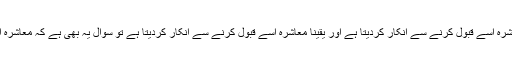
وہ معاشرے کو چھوڑتا ہے کہ معاشرہ اسے قبول کرنے سے انکار کردیتا ہے اور یقیناً معاشرہ اسے قبول کرنے سے انکار کردیتا ہے تو سوال یہ بھی ہے کہ معاشرہ اس کے ساتھ ایسا کیونکر کرتا ہے؟